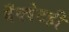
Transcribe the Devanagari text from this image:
बँक्वेटही